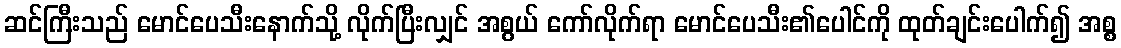
ဆင်ကြီးသည် မောင်ပေသီးနောက်သို့ လိုက်ပြီးလျှင် အစွယ် ကော်လိုက်ရာ မောင်ပေသီး၏ပေါင်ကို ထုတ်ချင်းပေါက်၍ အစ္စ